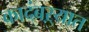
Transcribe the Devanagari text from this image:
कादंबऱ्यात